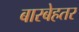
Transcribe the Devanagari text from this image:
बारबेहतर